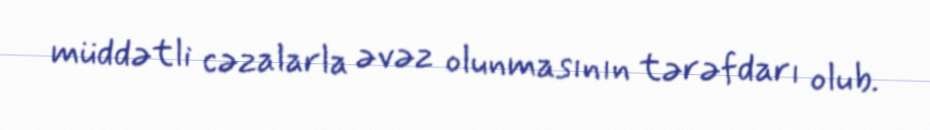
müddətli cəzalarla əvəz olunmasının tərəfdarı olub.